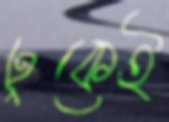
ঢুকেই